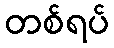
တစ်ရပ်